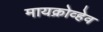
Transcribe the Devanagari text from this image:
मायक्रोव्हेव